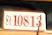
10813